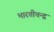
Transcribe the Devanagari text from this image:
भारतीचन्द्र